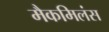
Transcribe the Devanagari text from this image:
मैकमिलंस